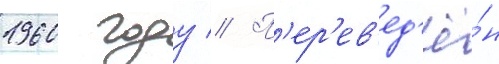
1960 году // П'ер'ев'ед'ё́н